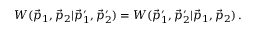
\begin{array} { r } { W ( \vec { p } _ { 1 } , \vec { p } _ { 2 } | \vec { p } _ { 1 } ^ { \prime } , \vec { p } _ { 2 } ^ { \prime } ) = W ( \vec { p } _ { 1 } ^ { \prime } , \vec { p } _ { 2 } ^ { \prime } | \vec { p } _ { 1 } , \vec { p } _ { 2 } ) \, . } \end{array}